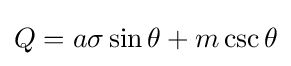
Q=a\sigma \sin \theta +m\csc \theta